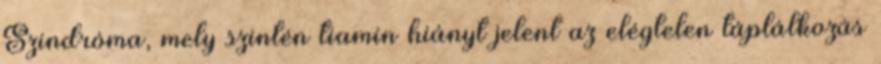
Szindróma, mely szintén tiamin hiányt jelent az elégtelen táplálkozás